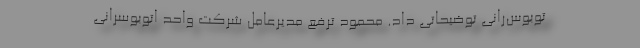
توبوس‌رانی توضیحاتی داد. محمود ترفع مدیرعامل شرکت واحد اتوبوسرانی